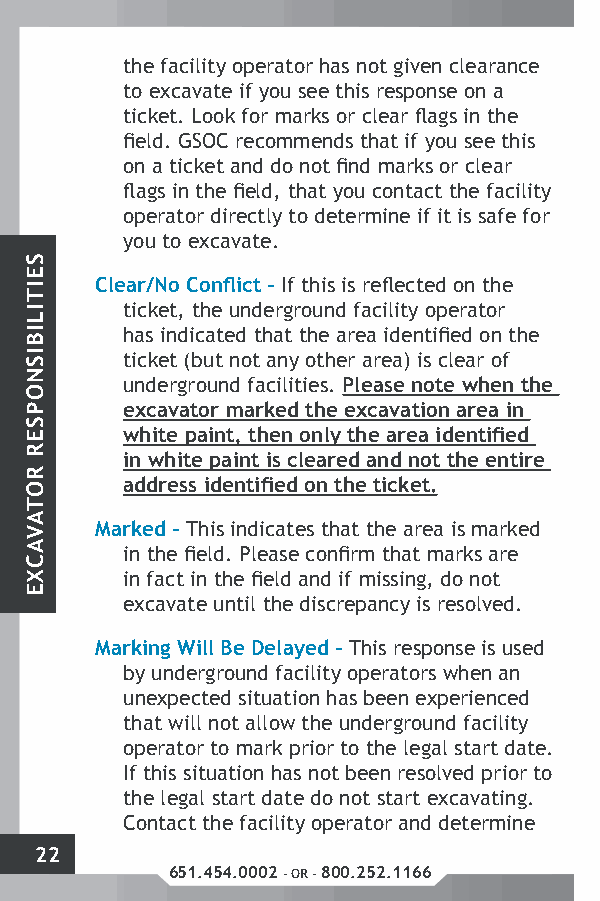
the facility operator has not given clearance
 to excavate if you see this response on a
 ticket. Look for marks or clear flags in the
 field. GSOC recommends that if you see this
 on a ticket and do not find marks or clear
 flags in the field, that you contact the facility
 operator directly to determine if it is safe for
 you to excavate.
 Clear/No Conflict – If this is reflected on the
 ticket, the underground facility operator
 has indicated that the area identified on the
 ticket (but not any other area) is clear of
 underground facilities. Please note when the
 excavator marked the excavation area in
 white paint, then only the area identified
 in white paint is cleared and not the entire
 address identified on the ticket.
 Marked – This indicates that the area is marked
 in the field. Please confirm that marks are
 in fact in the field and if missing, do not
 excavate until the discrepancy is resolved.
 Marking Will Be Delayed – This response is used
 by underground facility operators when an
 unexpected situation has been experienced
 that will not allow the underground facility
 operator to mark prior to the legal start date.
 If this situation has not been resolved prior to
 the legal start date do not start excavating.
 Contact the facility operator and determine
 22
 651.454.0002 - OR - 800.252.1166
 SEITILIBISNOPSER
 ROTAVACXE